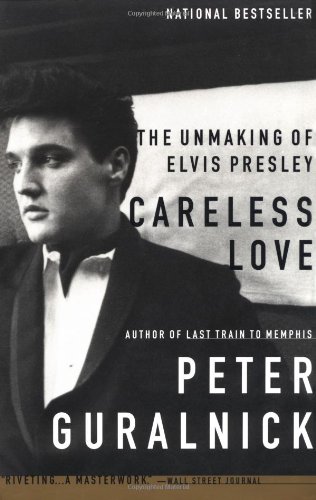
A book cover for Careless Love: The Unmaking of Elvis Presley; Peter Guralnick; Biographies & Memoirs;